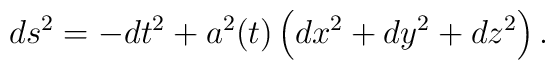
ds^2 = -dt^2 + a^2(t) \left( dx^2 + dy^2 + dz^2 \right).